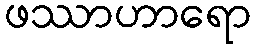
ဖဿာဟာရော